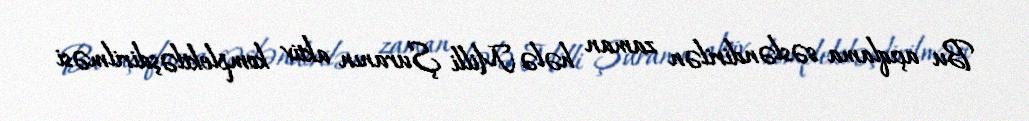
Bu açıqlama səsləndirilən zaman hələ Milli Şuranın aktiv komplektləşdirilməsi